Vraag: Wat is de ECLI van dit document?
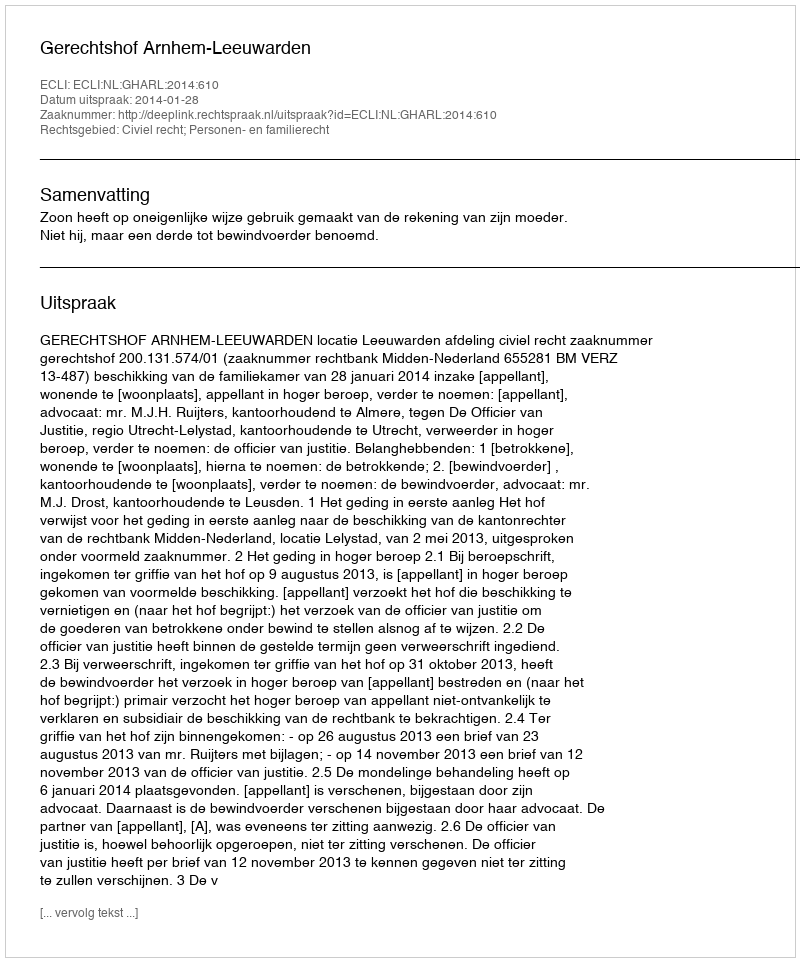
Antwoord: ECLI:NL:GHARL:2014:610